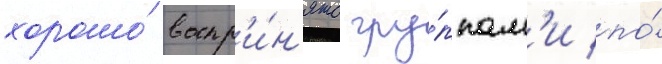
хорошо́ воспр'и́н'ято гру́ппам'и по́